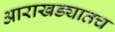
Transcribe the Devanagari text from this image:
आराखड्यातच